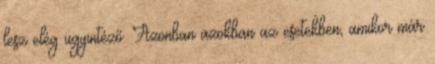
lesz elég ügyintéző. Azonban azokban az esetekben, amikor már